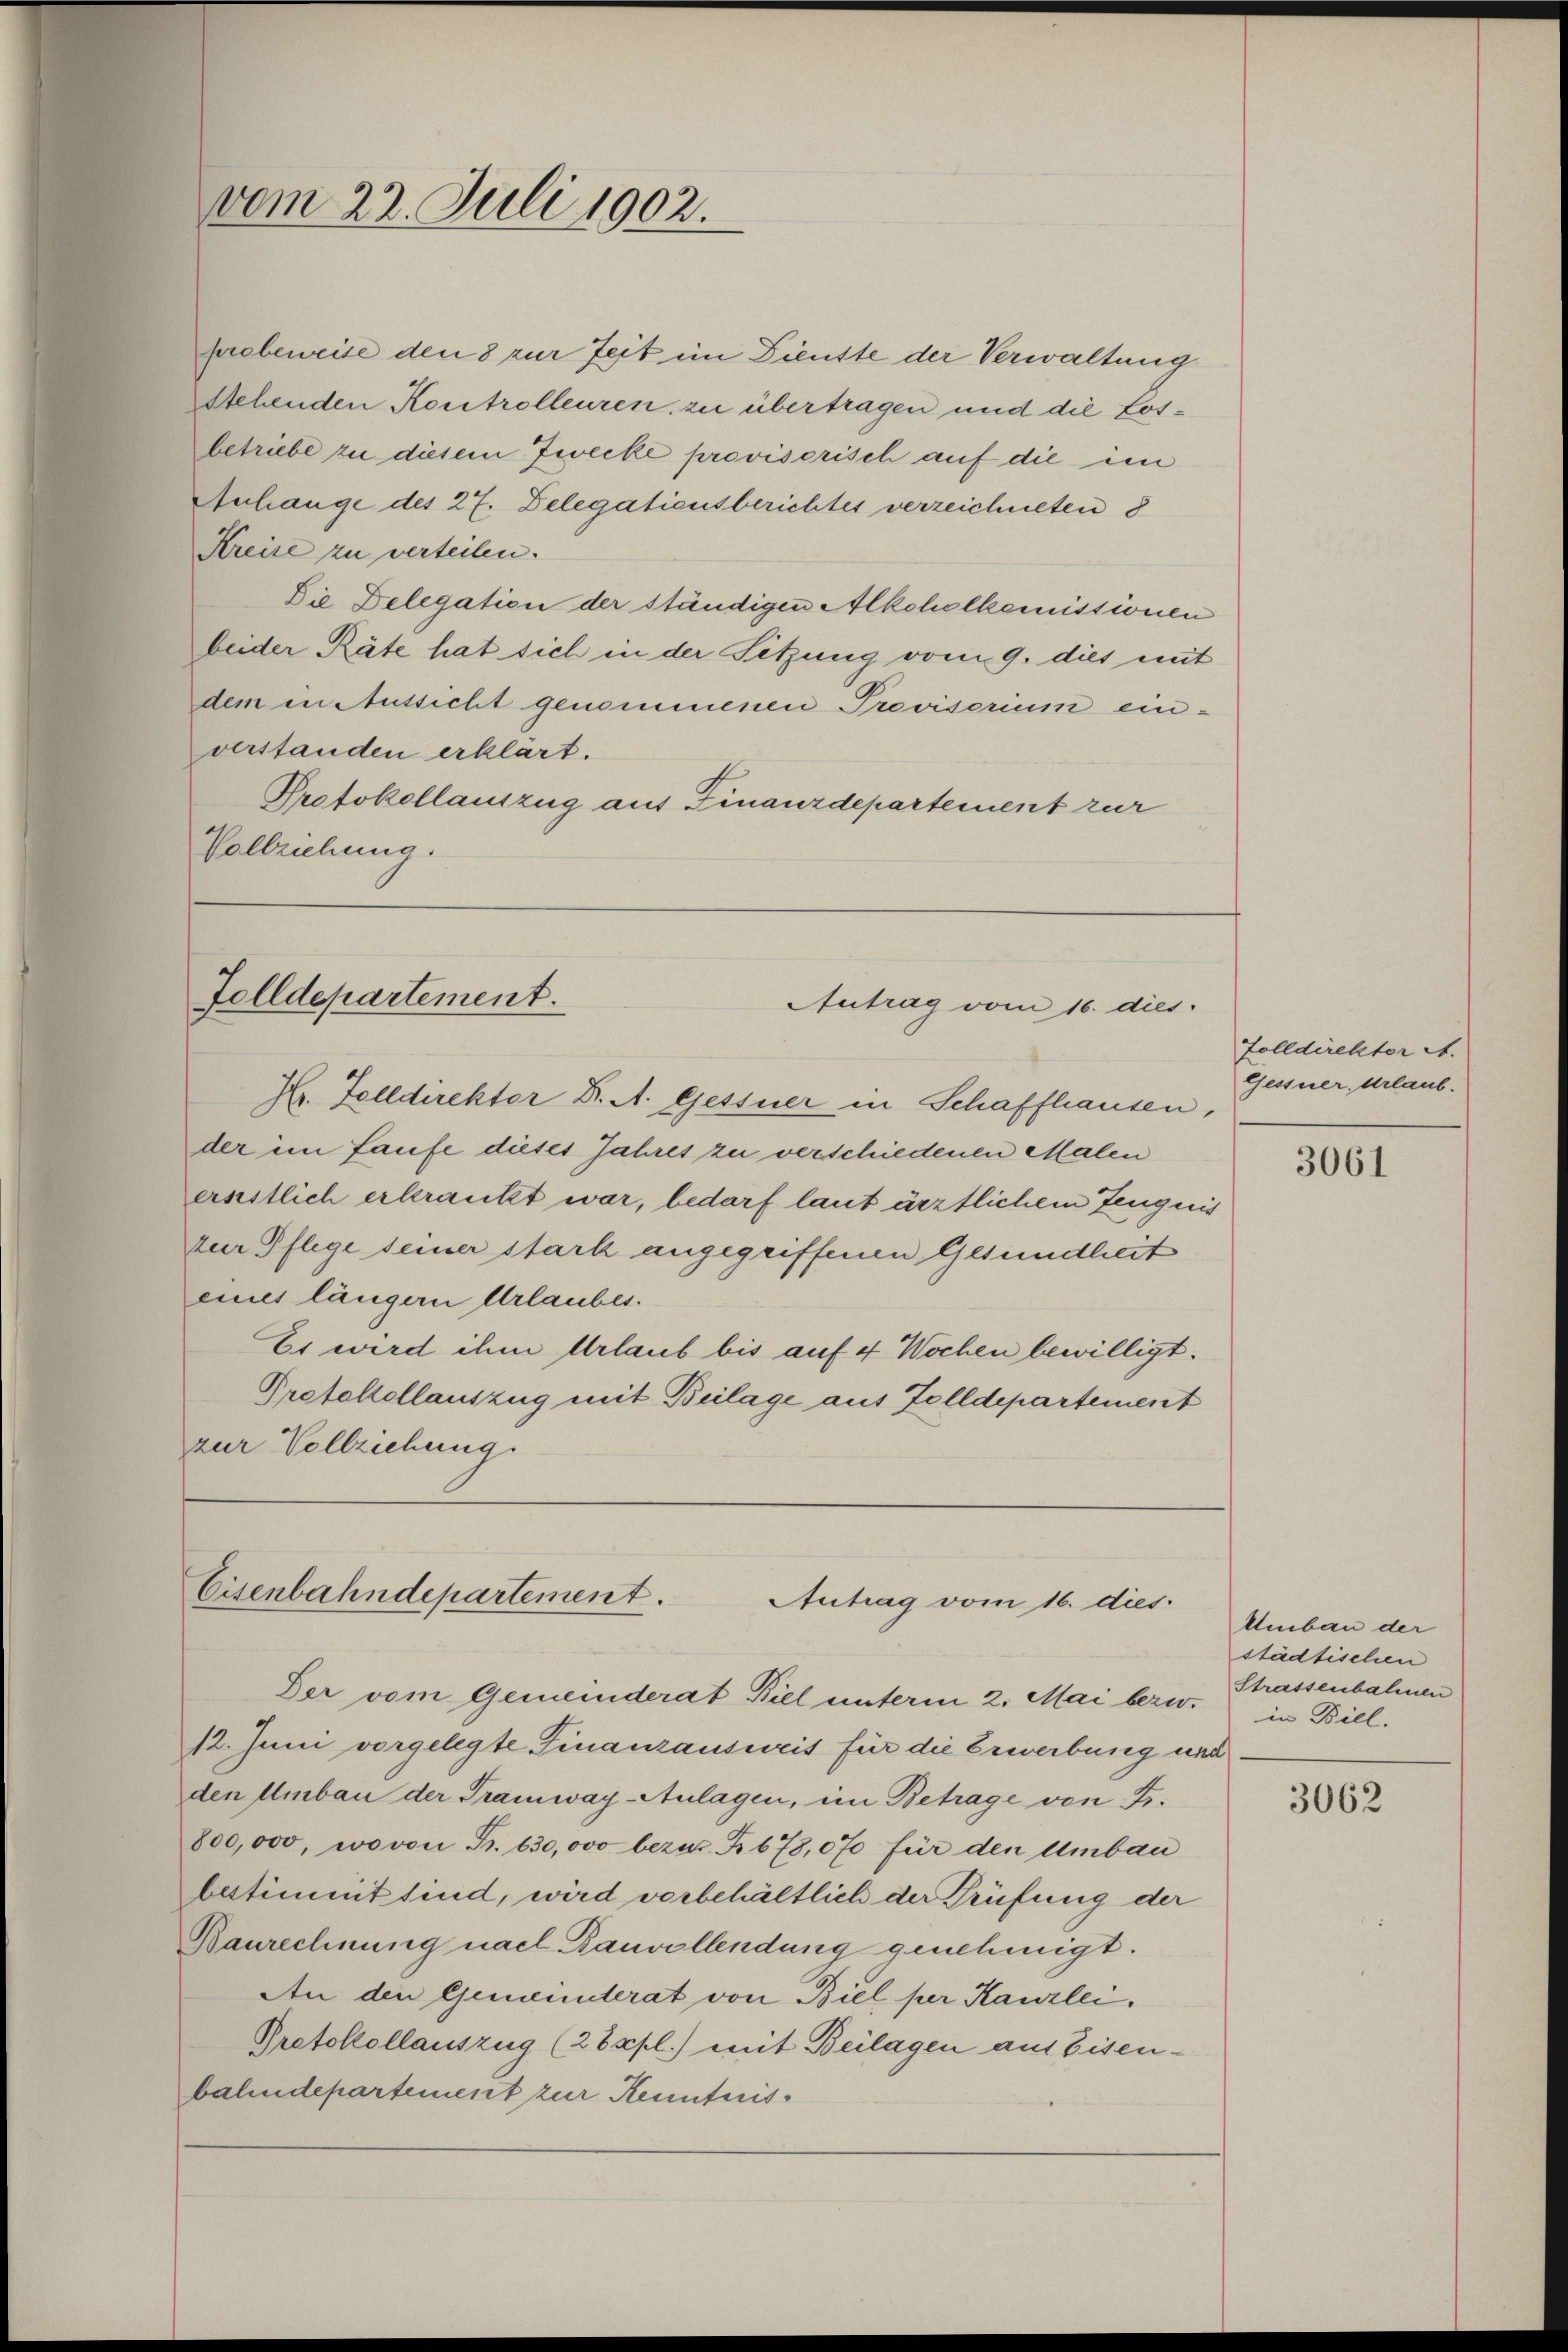
vom 22. Juli 1902.

probeweise den 8 zur Zeit im Dienste der Verwaltung
Stehenden Kontrolleuren zu übertragen und die Losbetriebe zu diesem Zwecke provisorisch auf die im
Anhange des 27. Delegationsberichtes verzeichneten 8
Kreise zu verteilen.
Die Delegation der ständigen Alkchelkemissionen
beider Räte hat sich in der Sitzung vom 9. dies mit
dem in Aussicht genommenen Provisorium einverstanden erklärt.
Protokollauszug aus Finanzdepartement zur
Vollziehung.

Folldepartement.
Antrag vom 16. dies.

H. Folldirektor Dr. A. Gessner in Schaffhausen,
der im Laufe dieses Jahres zu verschiedenen Malen
ernstlich erkrankt war, bedarf laut ärztlichem Zeugnis
zur Pflege seiner stark angegriffenen Gesundheit
eines längern Urlaubes.
Es wird ihm Urlaub bis auf 4 Wochen bewilligt.
Protokollauszug mit Beilage aus Zolldepartement
zur Vollziehung

Eisenbahndepartement.
Antrag vom 16. dies
Der vom Gemeinderat Biel unterm 2. Mai bezw. in Bill

12. Juni vorgelegte Finanzausweis für die Erwerbung und
den Umbau der Tramway-Aulagen, im Betrage von Fr.
800,000, wovon Fr. 630,000 bezur. R. 678,070 für den Umbau
bestimmt sind, wird vorbehältlich der Prüfung der
Baurechnung nach Bauvollendung genehmigt.
An den Gemeinderat von Biel per Kanzlei.
Protokollauszug (28xpl.) mit Beilagen aus Eisenbahndepartement zur Kenntnis¬

Zolldirektor A.
Gessner, Urlaub.

3061

Umbau der
städtischen
Strassenbahnen

3062